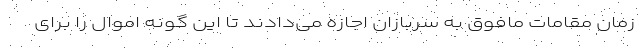
زمان مقامات مافوق به سربازان اجازه می‌دادند تا این گونه اموال را برای